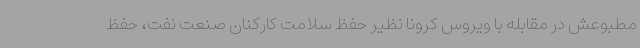
مطبوعش در مقابله با ویروس کرونا نظیر حفظ سلامت کارکنان صنعت نفت، حفظ